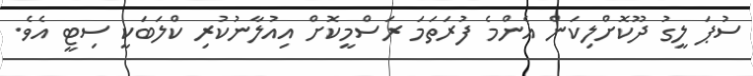
ސުޕަ ލީގު ދޫކޮށްލިކަން އެންމެ ފުރަތަމަ ރަސްމީކޮށް އިއުލާނުކުރި ކްލަބަކީ ސިޓީ އެވެ.